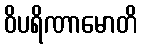
ဝိပရိဏာမောတိ